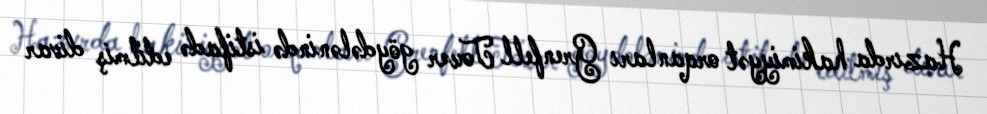
Hazırda hakimiyyət orqanları Grenfell Tower göydələnində istifadə edilmiş divar